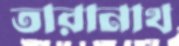
তারানাথ